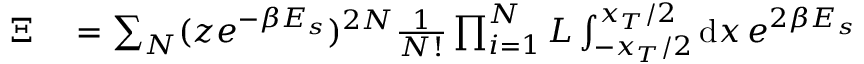
\begin{array} { r l } { \Xi } & { { } = \sum _ { N } ( z e ^ { - \beta E _ { s } } ) ^ { 2 N } \frac { 1 } { N ! } \prod _ { i = 1 } ^ { N } L \int _ { - x _ { T } / 2 } ^ { x _ { T } / 2 } \mathrm { d } x \, e ^ { 2 \beta E _ { s } } } \end{array}